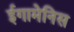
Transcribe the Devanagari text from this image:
ईगामेनिस